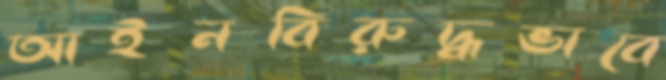
আইনবিরুদ্ধভাবে